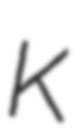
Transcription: K